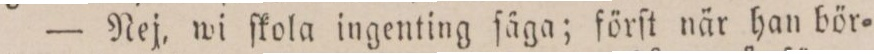
— Nej, wi ſkola ingenting ſäga; förſt när han bör=